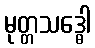
မုတ္တသဒ္ဓေါ